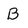
Character: B